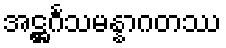
အဋ္ဌင်္ဂသမန္နာဂတဿ